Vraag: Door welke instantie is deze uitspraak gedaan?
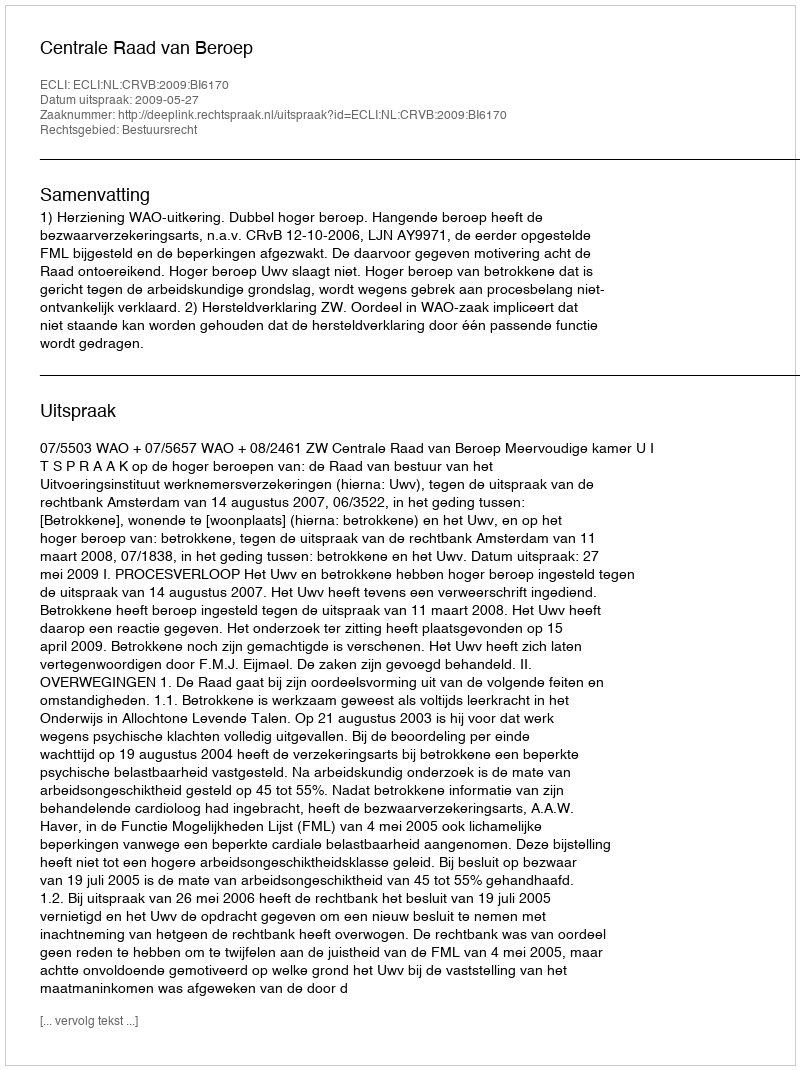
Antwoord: Centrale Raad van Beroep